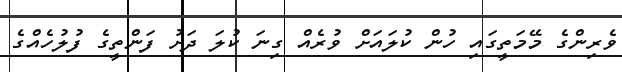
ވެރިންގެ މޭމަތީގައި ހުން ކުލައަށް ވުރެއް ގިނަ ކުލަ ދަށު ފަންތީގެ ފުލުހެއްގެ